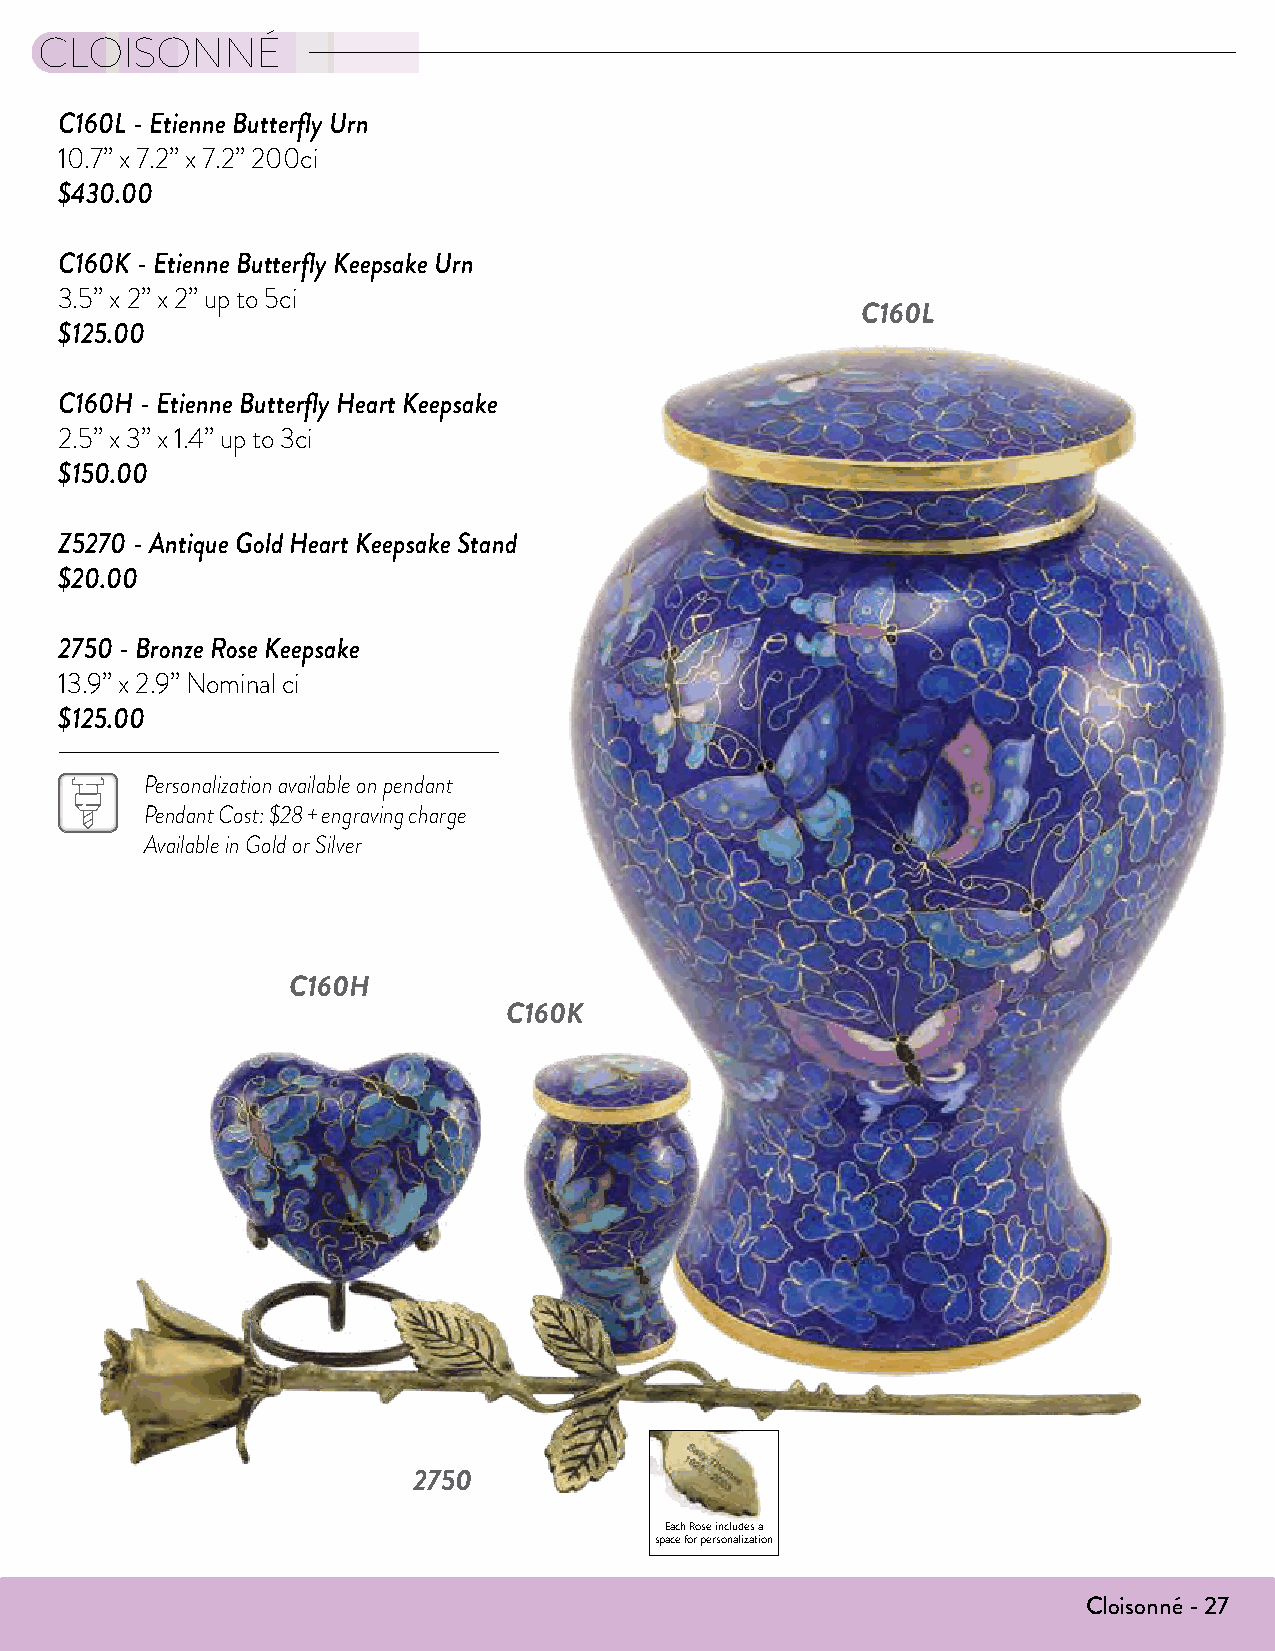
CLOISONNÉ
 C160L - Etienne Butterfly Urn
 10.7” x 7.2” x 7.2” 200ci
 $430.00
 C160K - Etienne Butterfly Keepsake Urn
 3.5” x 2” x 2” up to 5ci
 C160L
 $125.00
 C160H - Etienne Butterfly Heart Keepsake
 2.5” x 3” x 1.4” up to 3ci
 $150.00
 Z5270 - Antique Gold Heart Keepsake Stand
 $20.00
 2750 - Bronze Rose Keepsake
 13.9” x 2.9” Nominal ci
 $125.00
 Personalization available on pendant
 Pendant Cost: $28 + engraving charge
 Available in Gold or Silver
 C160H
 C160K
 Rose
 Keepsake
 Length: 13.9" Width: 2.9" Capacity: Nominal
 Made of Brass
 Roses are the definitive symbol for love and appreciation. Terrybear®
 Rose Keepsakes are made of brass and finished in a brushed brass or
 electroplated nickel. The innermost rosebud is threaded and holds a
 nominal amount of cremated remains. Rose Keepsakes are packaged
 in a blue velvet box.
 P
 Pink
 2754
 Bronze 2750 P  Yellow 2753 P
 2750
 Pewter 2751 P  White 2755 P
 Keepsake Compartment Each Rose includes a
 (with silicone plug) space for personalization
 Crimson 2752 P Lavender 2757 P
 P = Personalization Available All designs © 1994-2016 Terrybear, Inc. Terrybear is a registered trademark of Terrybear, Inc. Cloisonné - 27